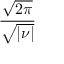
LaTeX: \frac { \sqrt { 2 \pi } } { \sqrt { | \nu | } }